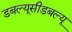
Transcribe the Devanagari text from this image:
डबल्यूसीडबल्यू